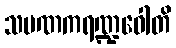
သမဏကရဏ္ဍဝေါတိ